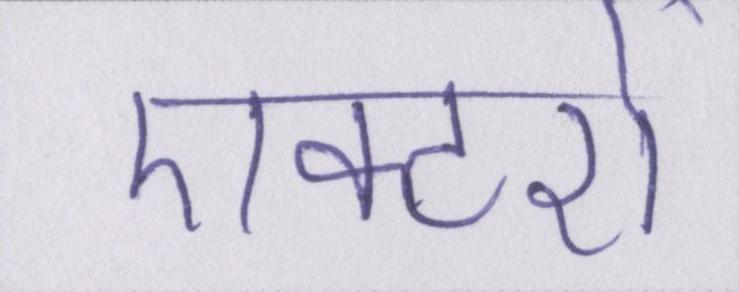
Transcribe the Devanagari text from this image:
एक्टरों